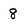
Character: 8